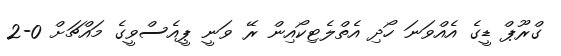
ގްރޫޕް ޑީގެ އެއްވަނަ ހޯދި އެތްލެޓިކޯއިން ރޭ ވަނީ ޕީއެސްވީގެ މައްޗަށް 0-2